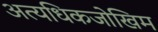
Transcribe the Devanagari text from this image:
अत्यधिकजोखिम